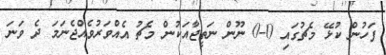
ފަހުން ކުޅޭ މެޗުގައި 0-0 ނޫން ނަތީޖާއަކުން މެޗު އެއްވަރުވެއްޖެނަމަ ދެ ވަނަ